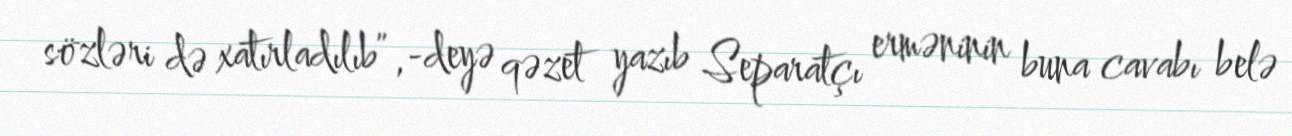
sözləri də xatırladılıb”,-deyə qəzet yazıb Separatçı erməninin buna cavabı belə